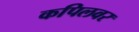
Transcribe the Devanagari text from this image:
कपिलवर